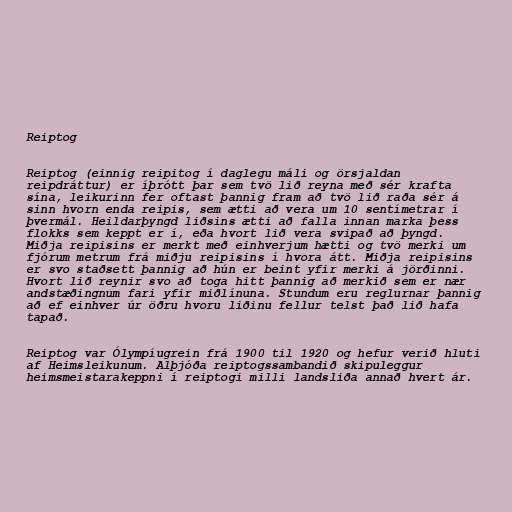
Reiptog

Reiptog (einnig reipitog í daglegu máli og örsjaldan
reipdráttur) er íþrótt þar sem tvö lið reyna með sér krafta
sína, leikurinn fer oftast þannig fram að tvö lið raða sér á
sinn hvorn enda reipis, sem ætti að vera um 10 sentímetrar í
þvermál. Heildarþyngd liðsins ætti að falla innan marka þess
flokks sem keppt er í, eða hvort lið vera svipað að þyngd.
Miðja reipisins er merkt með einhverjum hætti og tvö merki um
fjórum metrum frá miðju reipisins í hvora átt. Miðja reipisins
er svo staðsett þannig að hún er beint yfir merki á jörðinni.
Hvort lið reynir svo að toga hitt þannig að merkið sem er nær
andstæðingnum fari yfir miðlínuna. Stundum eru reglurnar þannig
að ef einhver úr öðru hvoru liðinu fellur telst það lið hafa
tapað.

Reiptog var Ólympíugrein frá 1900 til 1920 og hefur verið hluti
af Heimsleikunum. Alþjóða reiptogssambandið skipuleggur
heimsmeistarakeppni í reiptogi milli landsliða annað hvert ár.